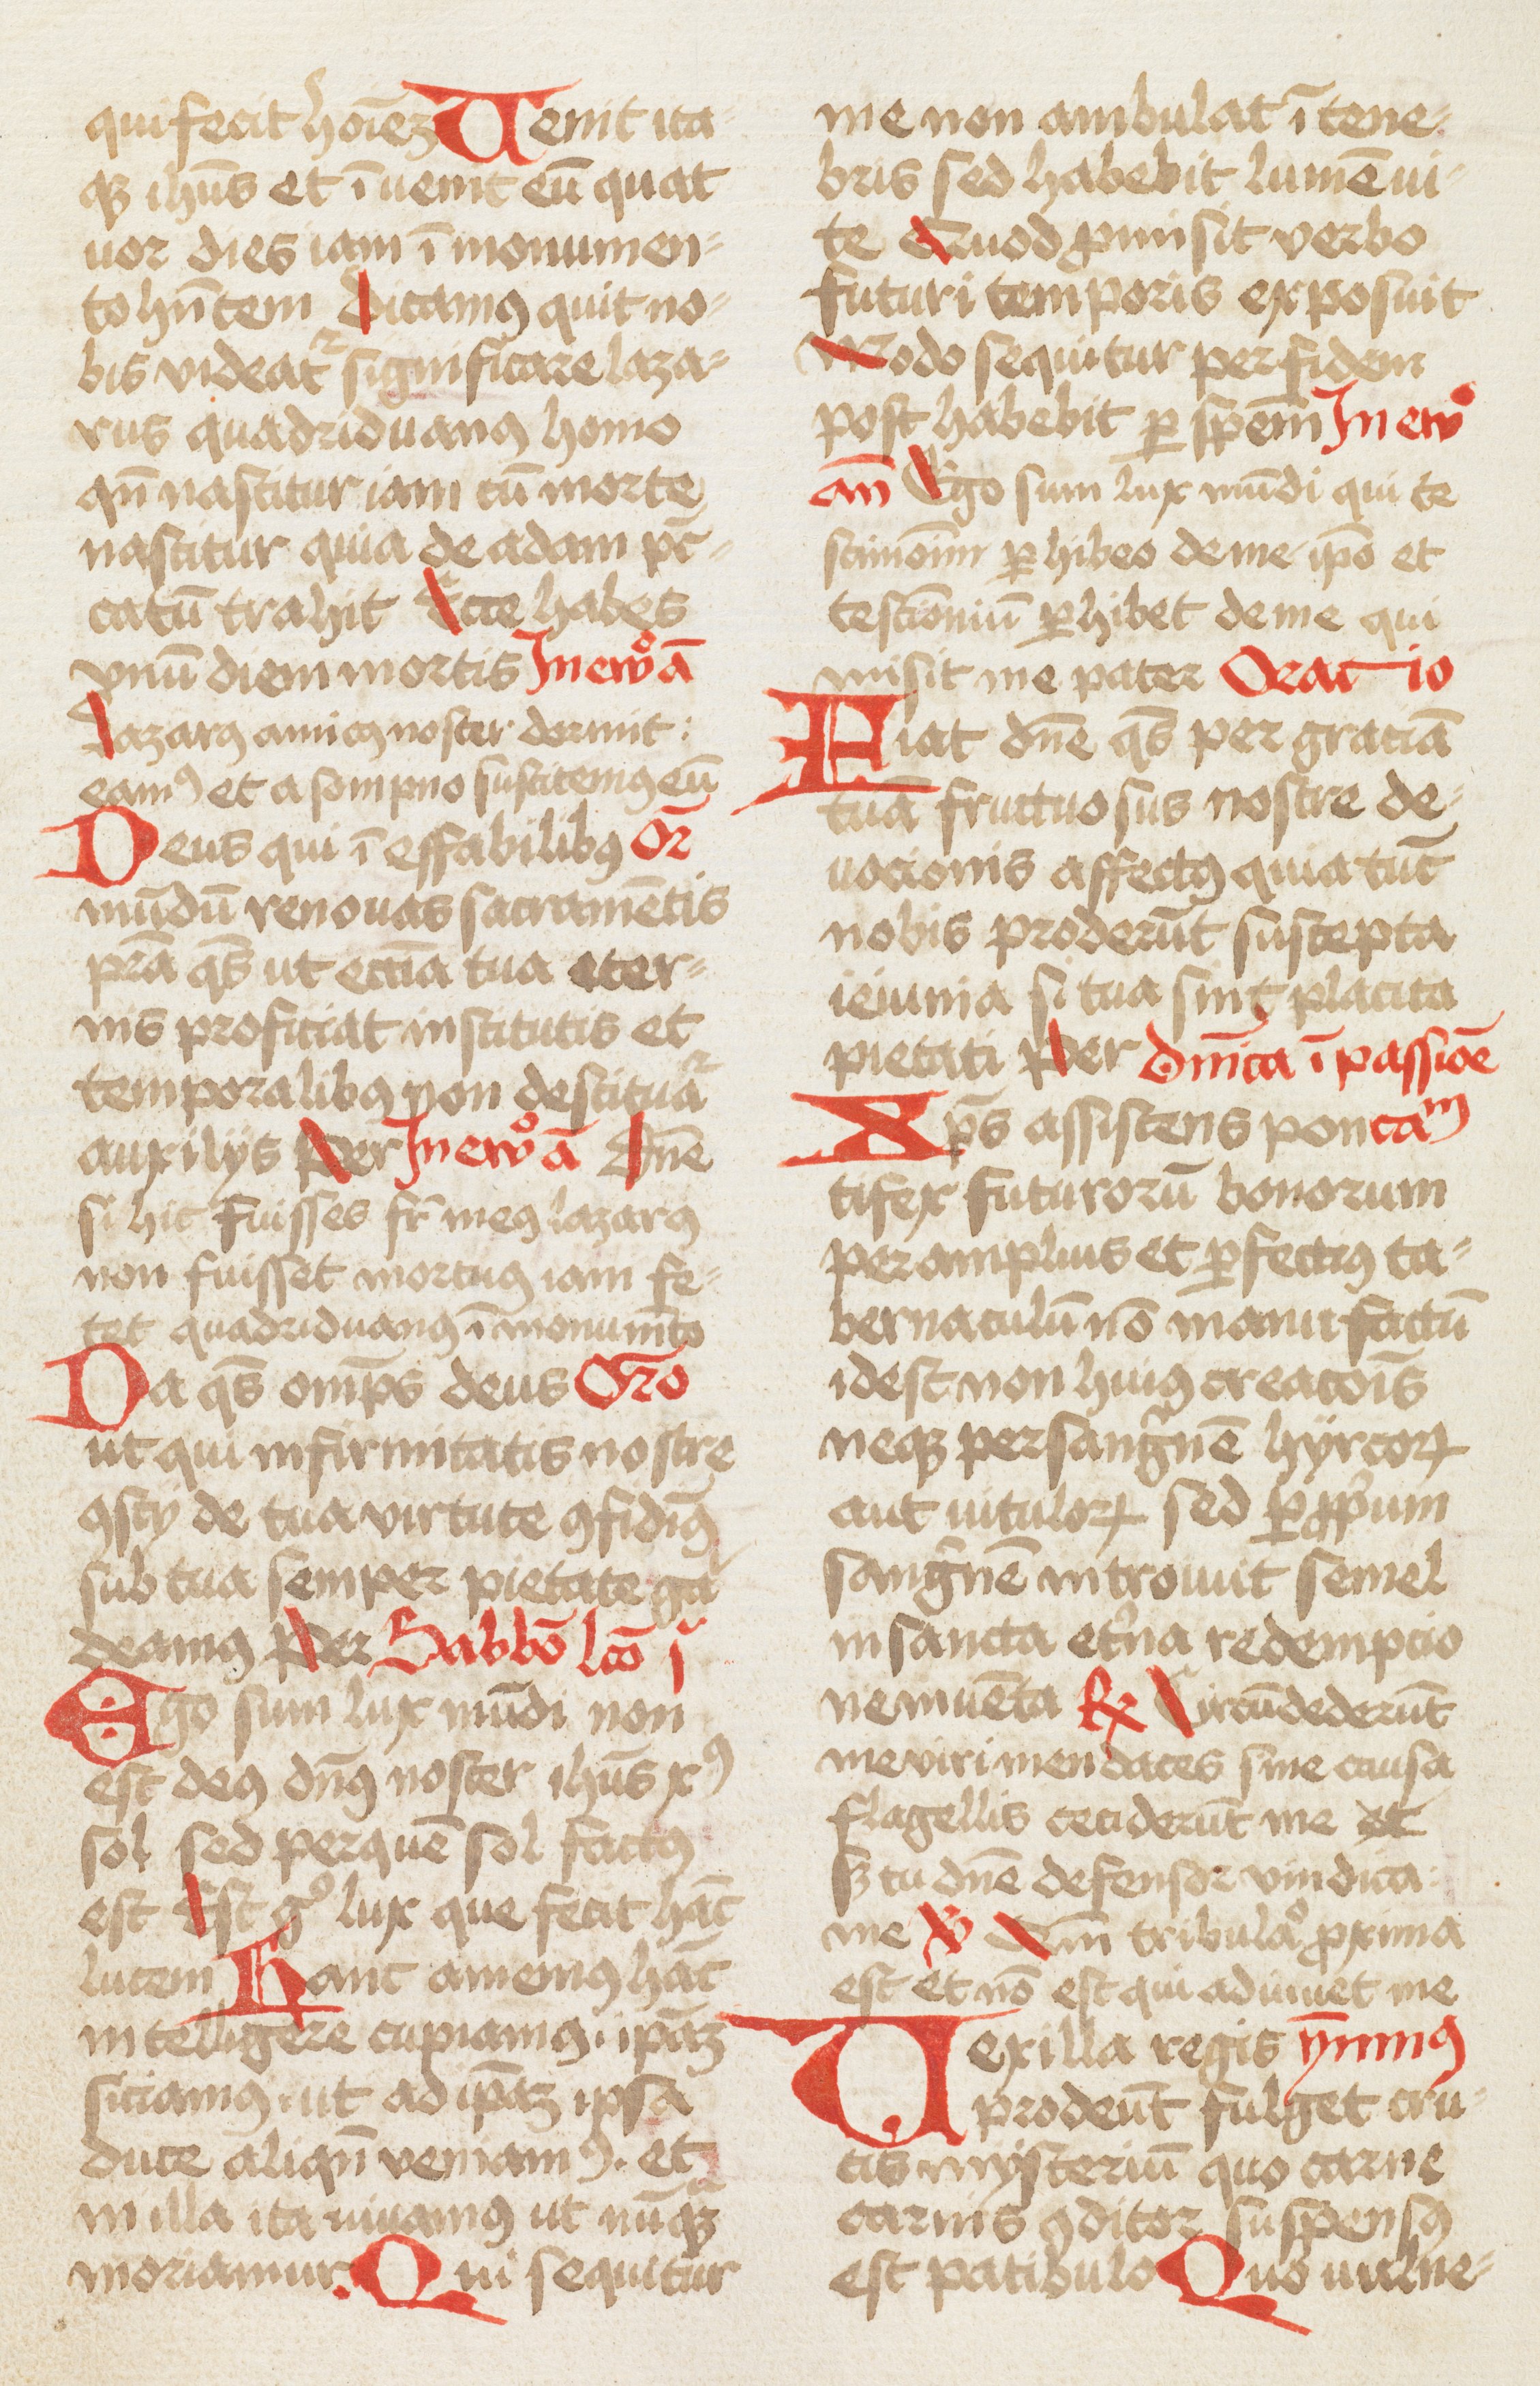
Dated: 1466–1466